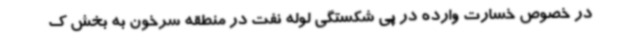
در خصوص خسارت وارده در پی شکستگی لوله نفت در منطقه سرخون به بخش ک